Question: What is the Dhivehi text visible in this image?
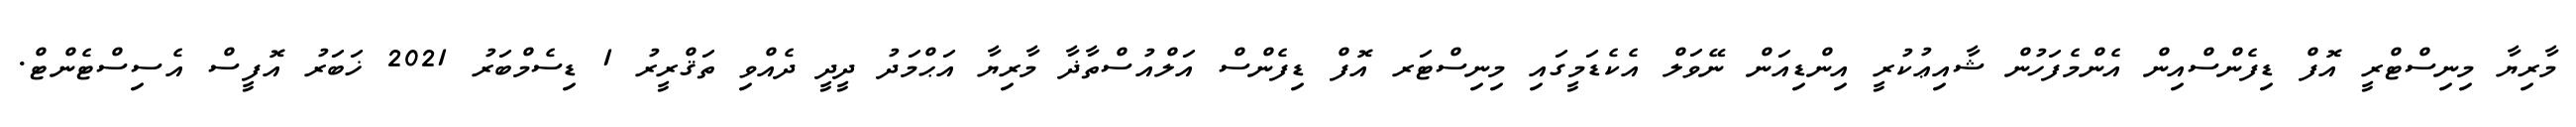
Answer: މާރިޔާ މިނިސްޓްރީ އޮފް ޑިފެންސްއިން އެންމެފަހުން ޝާއިޢުކުރީ އިންޑިއަން ނޭވަލް އެކެޑަމީގައި މިނިސްޓަރ އޮފް ޑިފެންސް އަލްއުސްތާޛާ މާރިޔާ އަޙްމަދު ދީދީ ދެއްވި ތަޤްރީރު 1 ޑިސެމްބަރު 2021 ޚަބަރު އޮފީސް އެސިސްޓެންޓް.